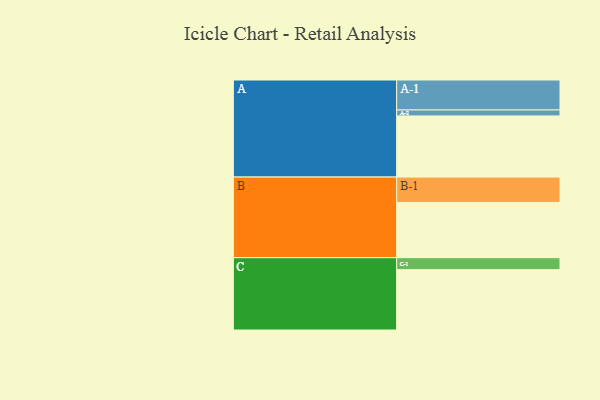
{"axis": {"x": "Segment", "y": "Value"}, "legend": ["", "A", "B", "C"], "data": [{"x": "A", "y": 563, "type": ""}, {"x": "B", "y": 509, "type": ""}, {"x": "C", "y": 556, "type": ""}, {"x": "A-1", "y": 276, "type": "A"}, {"x": "A-2", "y": 55, "type": "A"}, {"x": "B-1", "y": 234, "type": "B"}, {"x": "C-1", "y": 110, "type": "C"}]}